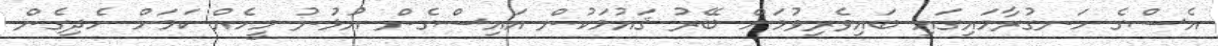
އެސްގެ ހަނގުރާމައިގައި ބައިވެރިވުމަށް ބޭރު ޤައުމަކުން އައިސްގެން އުޅުނު މީހެއް ކަމަށް ހެދިގެން